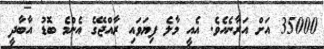
35000 އަށް އަރާނެއެވެ. އެއީ މާލެ ފިޔަވައި ރާއްޖޭގެ އެންމެ ބޮޑު އާބާދީ